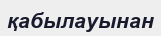
қабылауынан